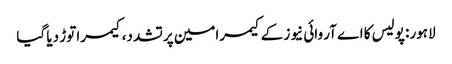
لاہور: پولیس کا اے آر وائی نیوز کے کیمرامین پر تشدد، کیمرا توڑ دیا گیا